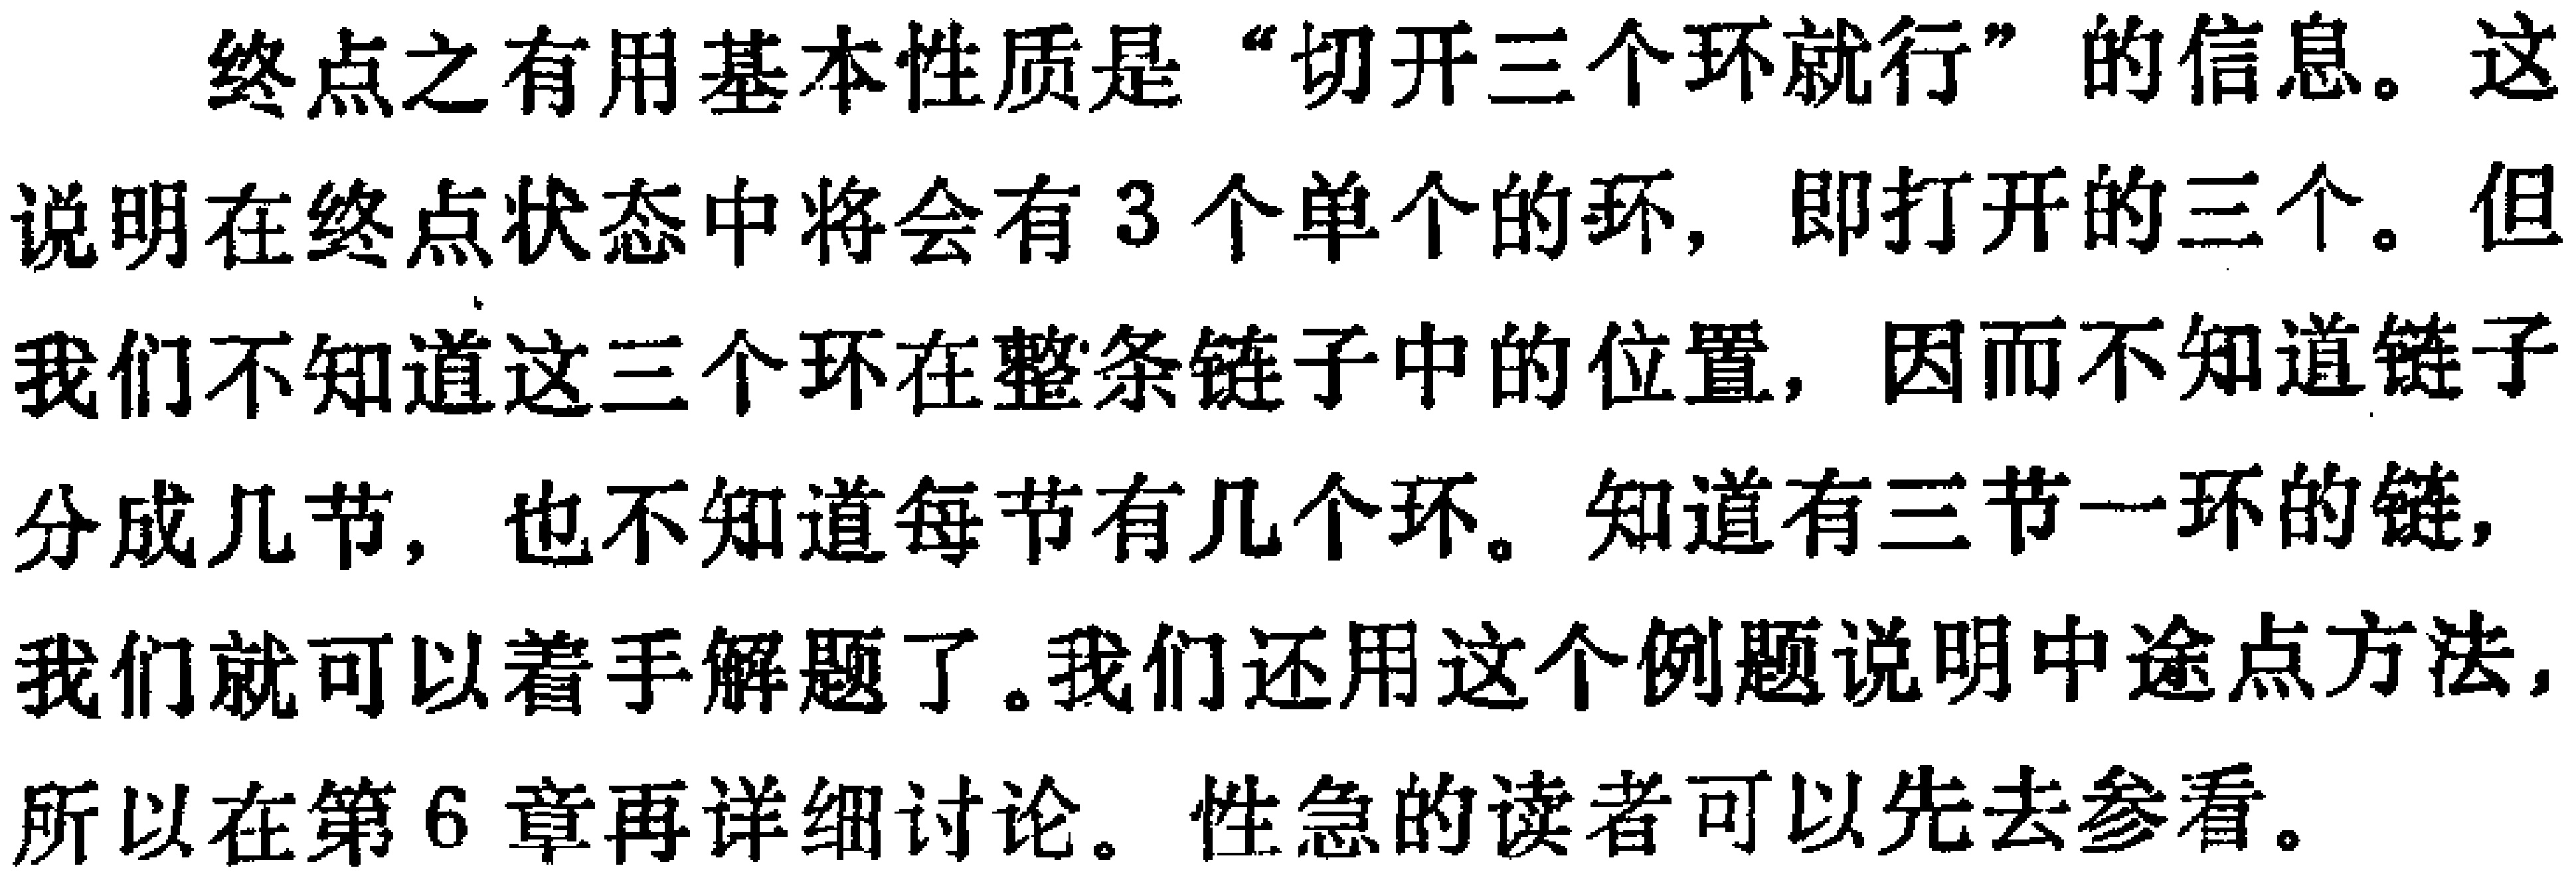
终点之有用基本性质是“切开三个环就行”的信息。这说明在终点状态中将会有3个单个的环, 即打开的三个。但我们不知道这三个环在整条链子中的位置, 因而不知道链子分成几节, 也不知道每节有几个环。知道有三节一环的链, 我们就可以着手解题了。我们还用这个例题说明中途点方法, 所以在第6章再详细讨论。性急的读者可以先去参看。